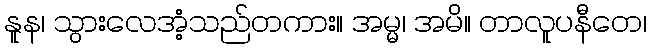
နူန၊ သွားလေအံ့သည်တကား။ အမ္မ၊ အမိ။ တာလူပနီတေ၊